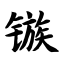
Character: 镞